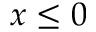
x \le 0